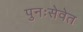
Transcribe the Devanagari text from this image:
पुनःसेवेत